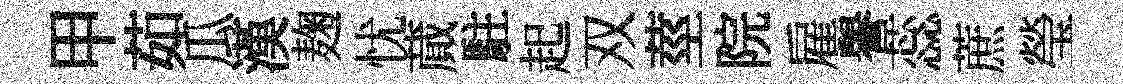
甲茹瓜漢麹忧蕆駐起双莖院雇譽蕊蔗瑩